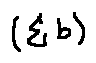
( \sum b )